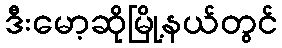
ဒီးမော့ဆိုမြို့နယ်တွင်